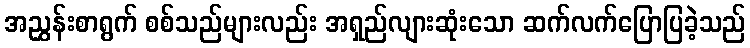
အညွှန်းစာရွက် စစ်သည်များလည်း အရှည်လျားဆုံးသော ဆက်လက်ပြောပြခဲ့သည်